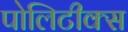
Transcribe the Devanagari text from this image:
पोलिटीक्स